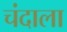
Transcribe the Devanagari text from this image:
चंदाला